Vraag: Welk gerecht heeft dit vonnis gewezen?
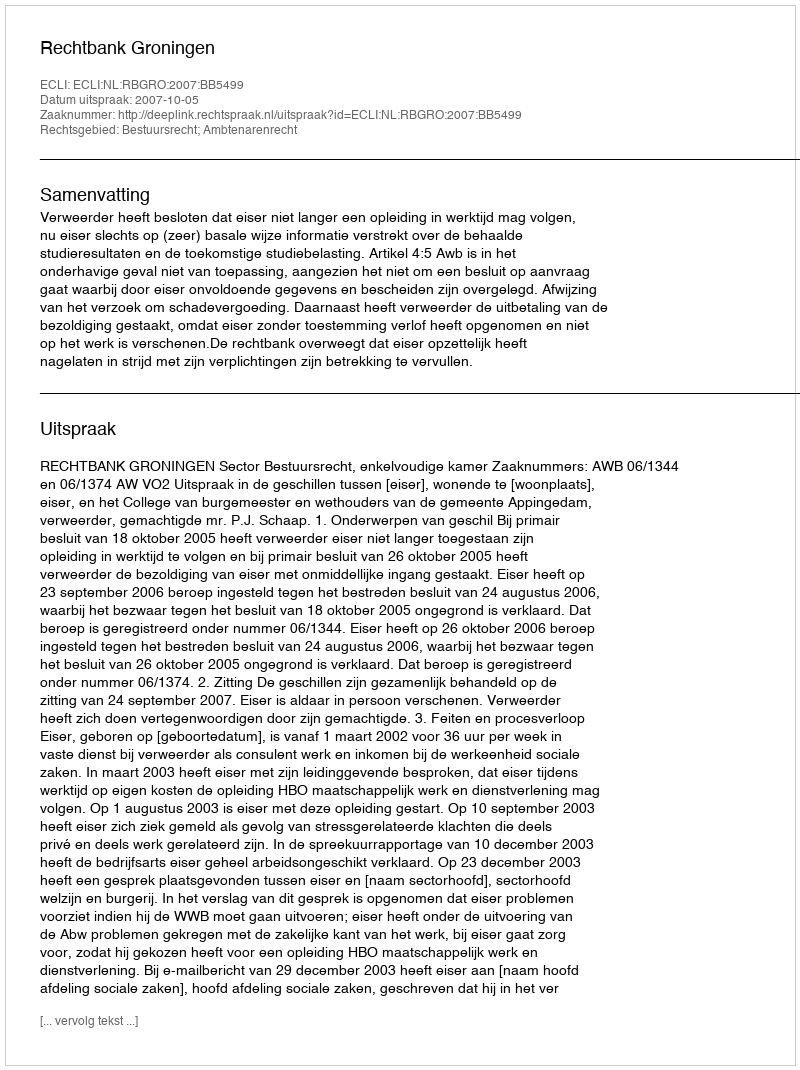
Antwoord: Rechtbank Groningen